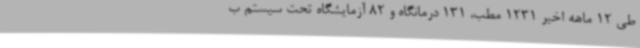
طی 12 ماهه اخیر 1231 مطب، 131 درمانگاه و 82 آزمایشگاه تحت سیستم ب